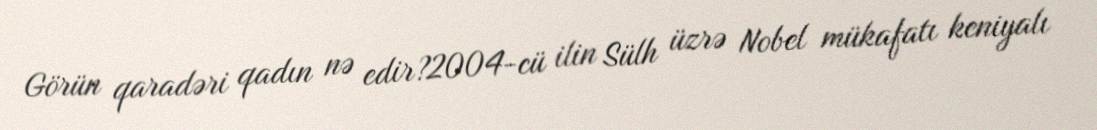
Görün qaradəri qadın nə edir?2004-cü ilin Sülh üzrə Nobel mükafatı keniyalı